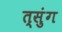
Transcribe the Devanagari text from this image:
त्सुंग